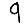
Digit: 9